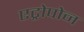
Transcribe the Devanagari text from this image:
एट्रोपोन